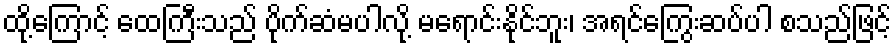
ထို့ကြောင့် ထေကြီးသည် ပိုက်ဆံမပါလို့ မရောင်းနိုင်ဘူး၊ အရင်ကြွေးဆပ်ပါ စသည်ဖြင့်